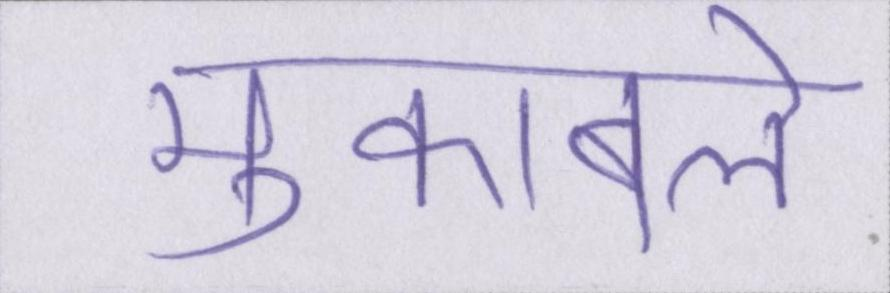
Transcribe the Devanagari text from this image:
मुकाबले